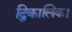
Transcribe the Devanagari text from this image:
द्विकालिक।